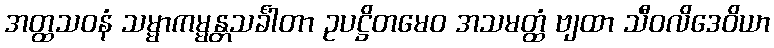
အတ္ထသဝနံ သမ္မာကမ္မန္တသင်္ခါတာ ဥပဋ္ဌိတမေဝ အသမတ္ထံ ဗျထာ သီဝလိဒေဝိယာ